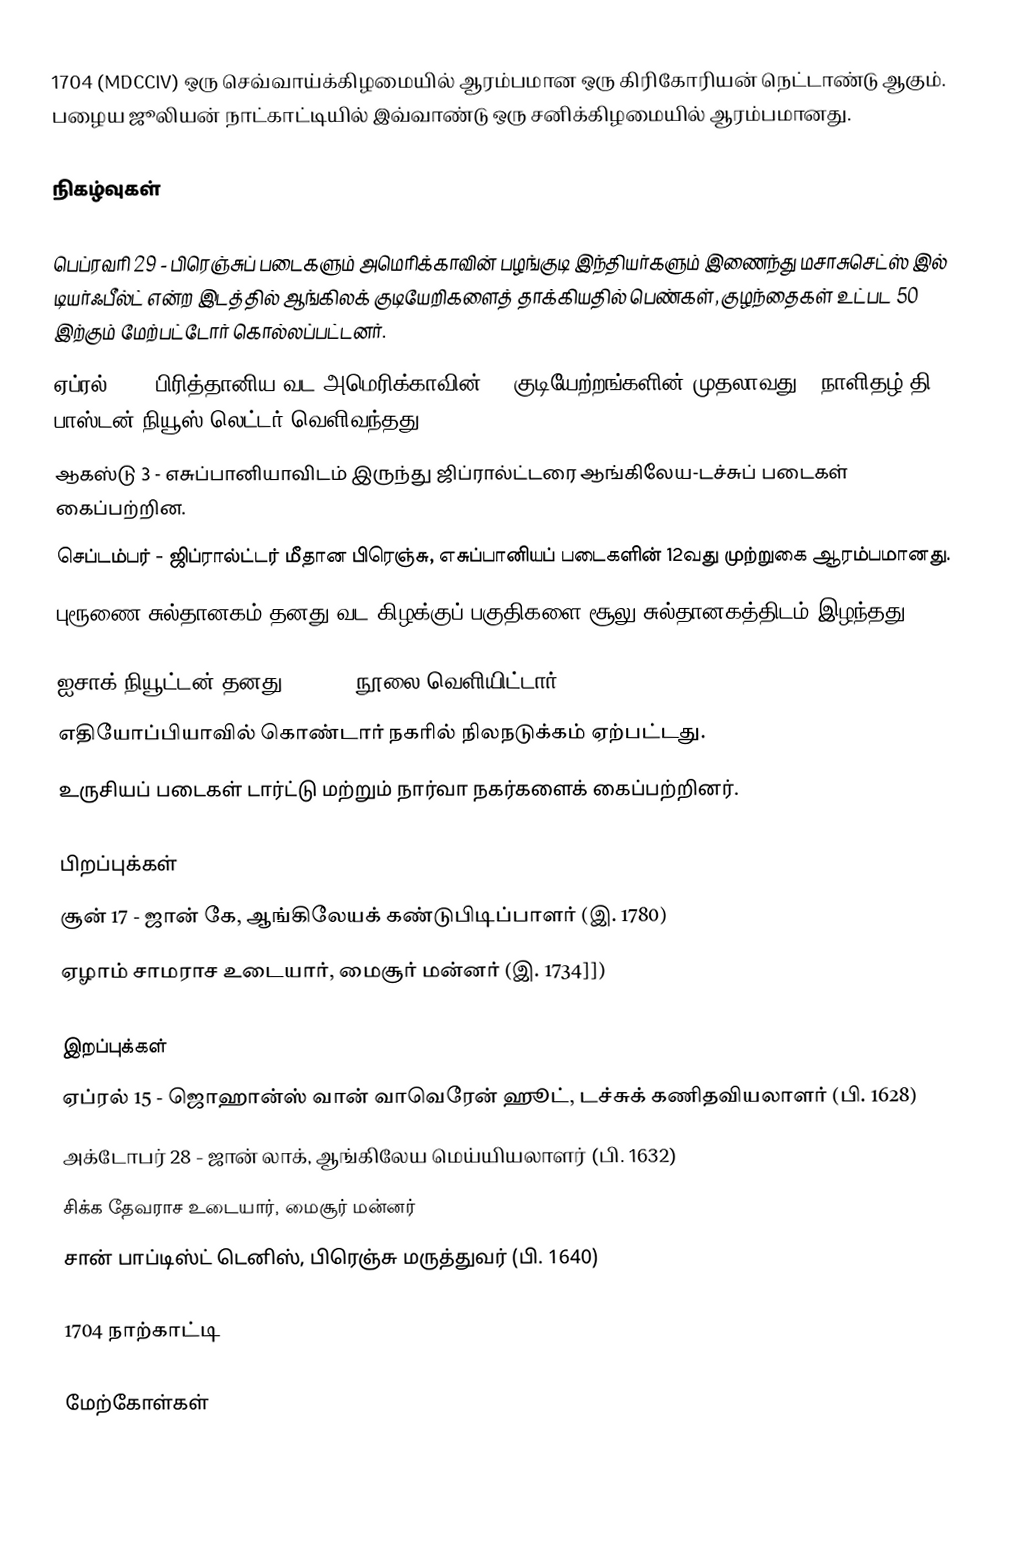
1704  (MDCCIV) ஒரு செவ்வாய்க்கிழமையில் ஆரம்பமான ஒரு கிரிகோரியன் நெட்டாண்டு ஆகும். பழைய ஜூலியன் நாட்காட்டியில் இவ்வாண்டு ஒரு சனிக்கிழமையில் ஆரம்பமானது.

நிகழ்வுகள்

 பெப்ரவரி 29 - பிரெஞ்சுப் படைகளும் அமெரிக்காவின் பழங்குடி இந்தியர்களும் இணைந்து மசாசுசெட்ஸ் இல் டியர்ஃபீல்ட் என்ற இடத்தில் ஆங்கிலக் குடியேறிகளைத் தாக்கியதில் பெண்கள், குழந்தைகள் உட்பட 50 இற்கும் மேற்பட்டோர் கொல்லப்பட்டனர்.
 ஏப்ரல் 24 - பிரித்தானிய வட அமெரிக்காவின் 13 குடியேற்றங்களின் முதலாவது [[நாளிதழ் தி பாஸ்டன் நியூஸ்-லெட்டர் வெளிவந்தது.
 ஆகஸ்டு 3 - எசுப்பானியாவிடம் இருந்து ஜிப்ரால்ட்டரை ஆங்கிலேய-டச்சுப் படைகள் கைப்பற்றின.
 செப்டம்பர் - ஜிப்ரால்ட்டர் மீதான பிரெஞ்சு, எசுப்பானியப் படைகளின் 12வது முற்றுகை ஆரம்பமானது.
 புரூணை சுல்தானகம் தனது வட-கிழக்குப் பகுதிகளை சூலு சுல்தானகத்திடம் இழந்தது.gh three editions this year.
 ஐசாக் நியூட்டன் தனது Opticks நூலை வெளியிட்டார்.
 எதியோப்பியாவில் கொண்டார் நகரில் நிலநடுக்கம் ஏற்பட்டது.
 உருசியப் படைகள் டார்ட்டு மற்றும் நார்வா நகர்களைக் கைப்பற்றினர்.

பிறப்புக்கள்
 சூன் 17 - ஜான் கே, ஆங்கிலேயக் கண்டுபிடிப்பாளர் (இ. 1780)
 ஏழாம் சாமராச உடையார், மைசூர் மன்னர் (இ. 1734]])

இறப்புக்கள்
 ஏப்ரல் 15 - ஜொஹான்ஸ் வான் வாவெரேன் ஹூட், டச்சுக் கணிதவியலாளர் (பி. 1628)
 அக்டோபர் 28 - ஜான் லாக், ஆங்கிலேய மெய்யியலாளர் (பி. 1632)
 சிக்க தேவராச உடையார், மைசூர் மன்னர்
 சான் பாப்டிஸ்ட் டெனிஸ், பிரெஞ்சு மருத்துவர் (பி. 1640)

1704 நாற்காட்டி

மேற்கோள்கள்

1704